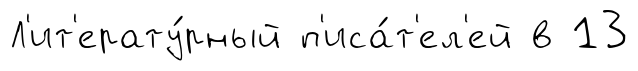
Л'ит'ерату́рный п'иса́т'ел'ей в 13